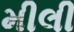
મીલી